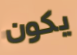
يكون